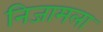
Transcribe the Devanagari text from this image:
निजामला